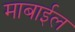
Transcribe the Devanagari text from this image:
माबाईल